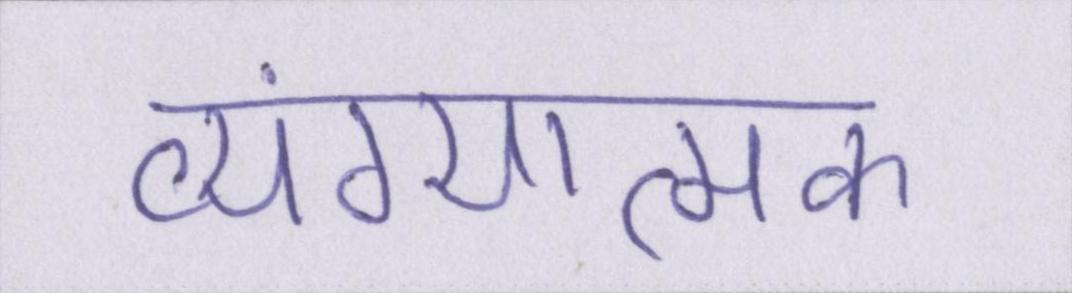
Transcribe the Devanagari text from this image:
व्यंग्यात्मक